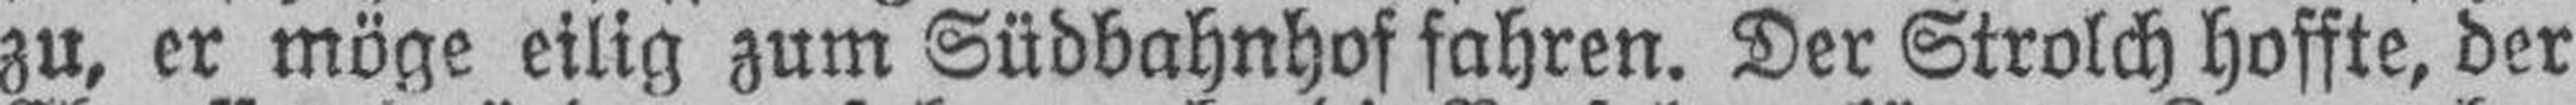
zu, er möge eilig zum Südbahnhof fahren. Der Strolch hoffte, der